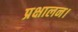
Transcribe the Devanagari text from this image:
प्रक्षालन।